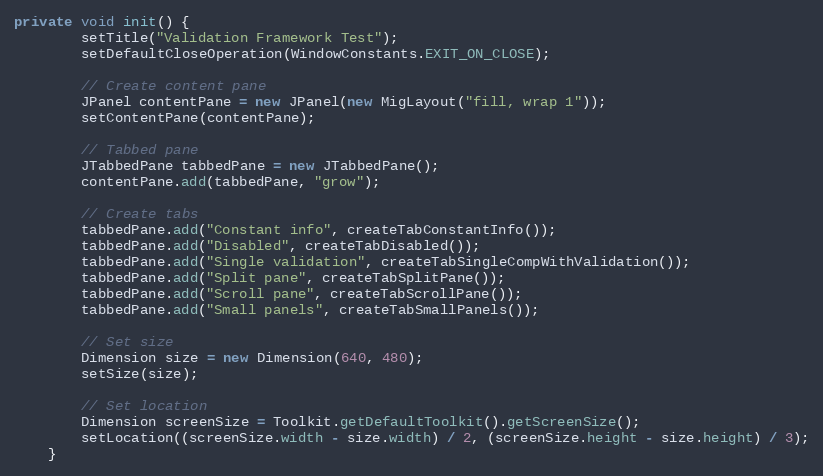
Language: Java
private void init() {
        setTitle("Validation Framework Test");
        setDefaultCloseOperation(WindowConstants.EXIT_ON_CLOSE);

        // Create content pane
        JPanel contentPane = new JPanel(new MigLayout("fill, wrap 1"));
        setContentPane(contentPane);

        // Tabbed pane
        JTabbedPane tabbedPane = new JTabbedPane();
        contentPane.add(tabbedPane, "grow");

        // Create tabs
        tabbedPane.add("Constant info", createTabConstantInfo());
        tabbedPane.add("Disabled", createTabDisabled());
        tabbedPane.add("Single validation", createTabSingleCompWithValidation());
        tabbedPane.add("Split pane", createTabSplitPane());
        tabbedPane.add("Scroll pane", createTabScrollPane());
        tabbedPane.add("Small panels", createTabSmallPanels());

        // Set size
        Dimension size = new Dimension(640, 480);
        setSize(size);

        // Set location
        Dimension screenSize = Toolkit.getDefaultToolkit().getScreenSize();
        setLocation((screenSize.width - size.width) / 2, (screenSize.height - size.height) / 3);
    }